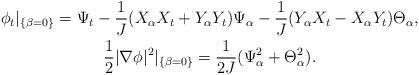
LaTeX: \begin{gather*} \phi_t|_{\{\beta=0\}} = \Psi_t - \frac1J(X_\alpha X_t+Y_\alpha Y_t)\Psi_\alpha - \frac1J(Y_\alpha X_t-X_\alpha Y_t)\Theta_\alpha,\\ \frac12|\nabla\phi|^2|_{\{\beta=0\}} = \frac{1}{2J}(\Psi_\alpha^2+\Theta_\alpha^2).\end{gather*}